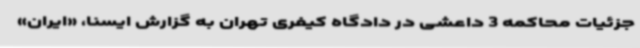
جزئیات محاکمه 3 داعشی در دادگاه کیفری تهران به گزارش ایسنا، «ایران»